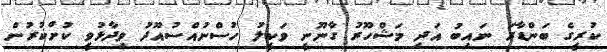
ކުރީގެ ބަންޑާރަ ނައިބު އަދި މަޝްހޫރު ގާނޫނީ ވަކީލު ހުސްނުއްސުއޫދު ވިދާޅުވީ ކުށްކުރުން